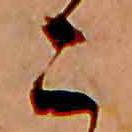
こ